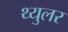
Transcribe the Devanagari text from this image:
थ्युलर